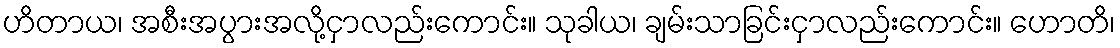
ဟိတာယ၊ အစီးအပွားအလို့ငှာလည်းကောင်း။ သုခါယ၊ ချမ်းသာခြင်းငှာလည်းကောင်း။ ဟောတိ၊